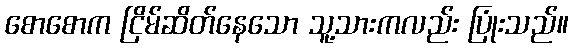
စောစောက ငြိမ်ဆိတ်နေသော သူ့သားကလည်း ပြုံးသည်။